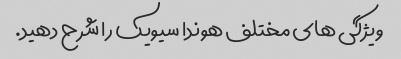
ویژگی های مختلف هوندا سیویک را شرح دهید.